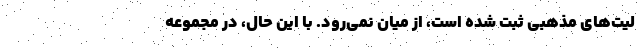
لیت‌های مذهبی ثبت شده است، از میان نمی‌رود. با این حال، در مجموعه